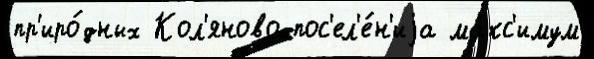
пр'иро́дных Кол'яново пос'ел'е́н'иjа ма́кс'имум